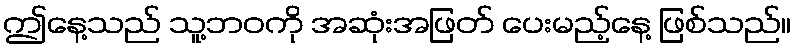
ဤနေ့သည် သူ့ဘဝကို အဆုံးအဖြတ် ပေးမည့်နေ့ ဖြစ်သည်။